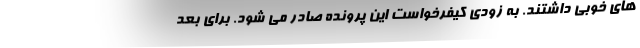
های خوبی داشتند. به زودی کیفرخواست این پرونده صادر می شود. برای بعد